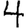
Digit: 4